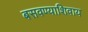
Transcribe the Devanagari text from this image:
बसवण्याशिवाय